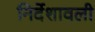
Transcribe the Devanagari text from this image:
निर्देशावली